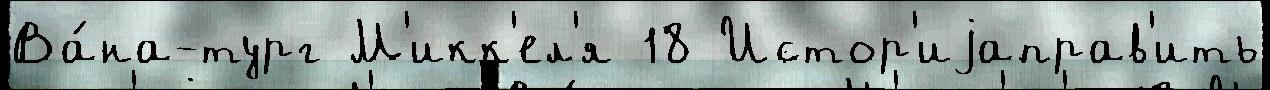
Ва́на-тург М'икк'ел'я 18 Истор'иjаправ'ить